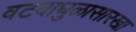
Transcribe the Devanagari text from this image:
वटवाघुळासारखा